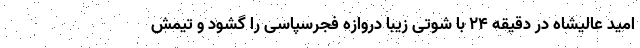
امید عالیشاه در دقیقه ۲۴ با شوتی زیبا دروازه فجرسپاسی را گشود و تیمش